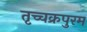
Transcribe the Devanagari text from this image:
तृच्चक्रपुरम